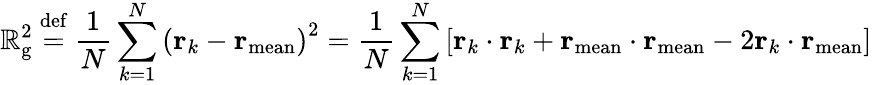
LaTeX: \mathbb{R}_{\mathrm{{g}}}^{2}\ {\stackrel{\mathrm{{def}}}{=}}\ {\frac{{1}}{{N}}}\sum_{k=1}^{N}\left(\mathbf{{r}}_{k}-\mathbf{{r}}_{\mathrm{{mean}}}\right)^{2}={\frac{{1}}{{N}}}\sum_{k=1}^{N}\left[\mathbf{{r}}_{k}\cdot\mathbf{{r}}_{k}+\mathbf{{r}}_{\mathrm{{mean}}}\cdot\mathbf{{r}}_{\mathrm{{mean}}}-2\mathbf{{r}}_{k}\cdot\mathbf{{r}}_{\mathrm{{mean}}}\right]